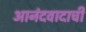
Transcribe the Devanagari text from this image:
आनंदवादाची